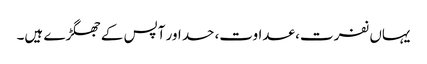
یہاں نفرت، عداوت، حسد اور آپس کے جھگڑے ہیں۔